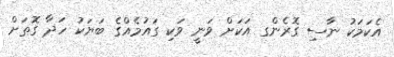
އެކަމަކު ނާސި ގޮރެންގ އަކަށް ވަނީ ވަކި ގައުމެއްގެ ބަޔަކު ހަދާ ގޮތަށް